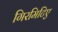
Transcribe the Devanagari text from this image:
गिरमिटिए